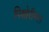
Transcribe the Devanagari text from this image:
पिशोरीमल